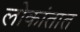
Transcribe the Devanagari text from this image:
लोकांतात